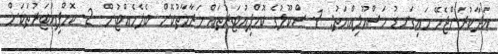
އަދާކުރަންޖެހޭ މައިގަނޑު މަސްއޫލިއްޔަތު: 1- ސްކޫލުގެ ކޮމްޕިއުޓަރުތައް މަރާމާތުކޮށް ބެލެހެއްޓުން. 2- ކޮމްޕިއުޓަރުތަކަށް